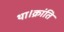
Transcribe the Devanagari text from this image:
था।क्रांति